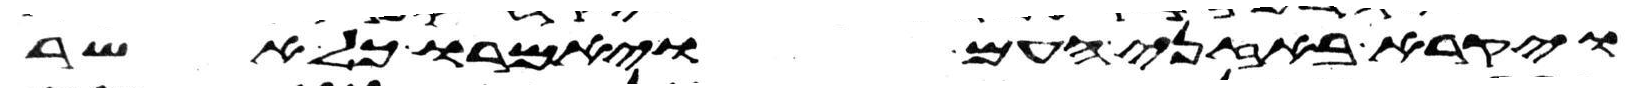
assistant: ויקרא באזני העם ויאמרו כל אשר